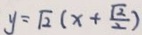
y = \sqrt { 2 } ( x + \frac { \sqrt { 2 } } { 2 } )